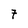
Character: 7